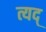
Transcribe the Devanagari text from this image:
त्यद्